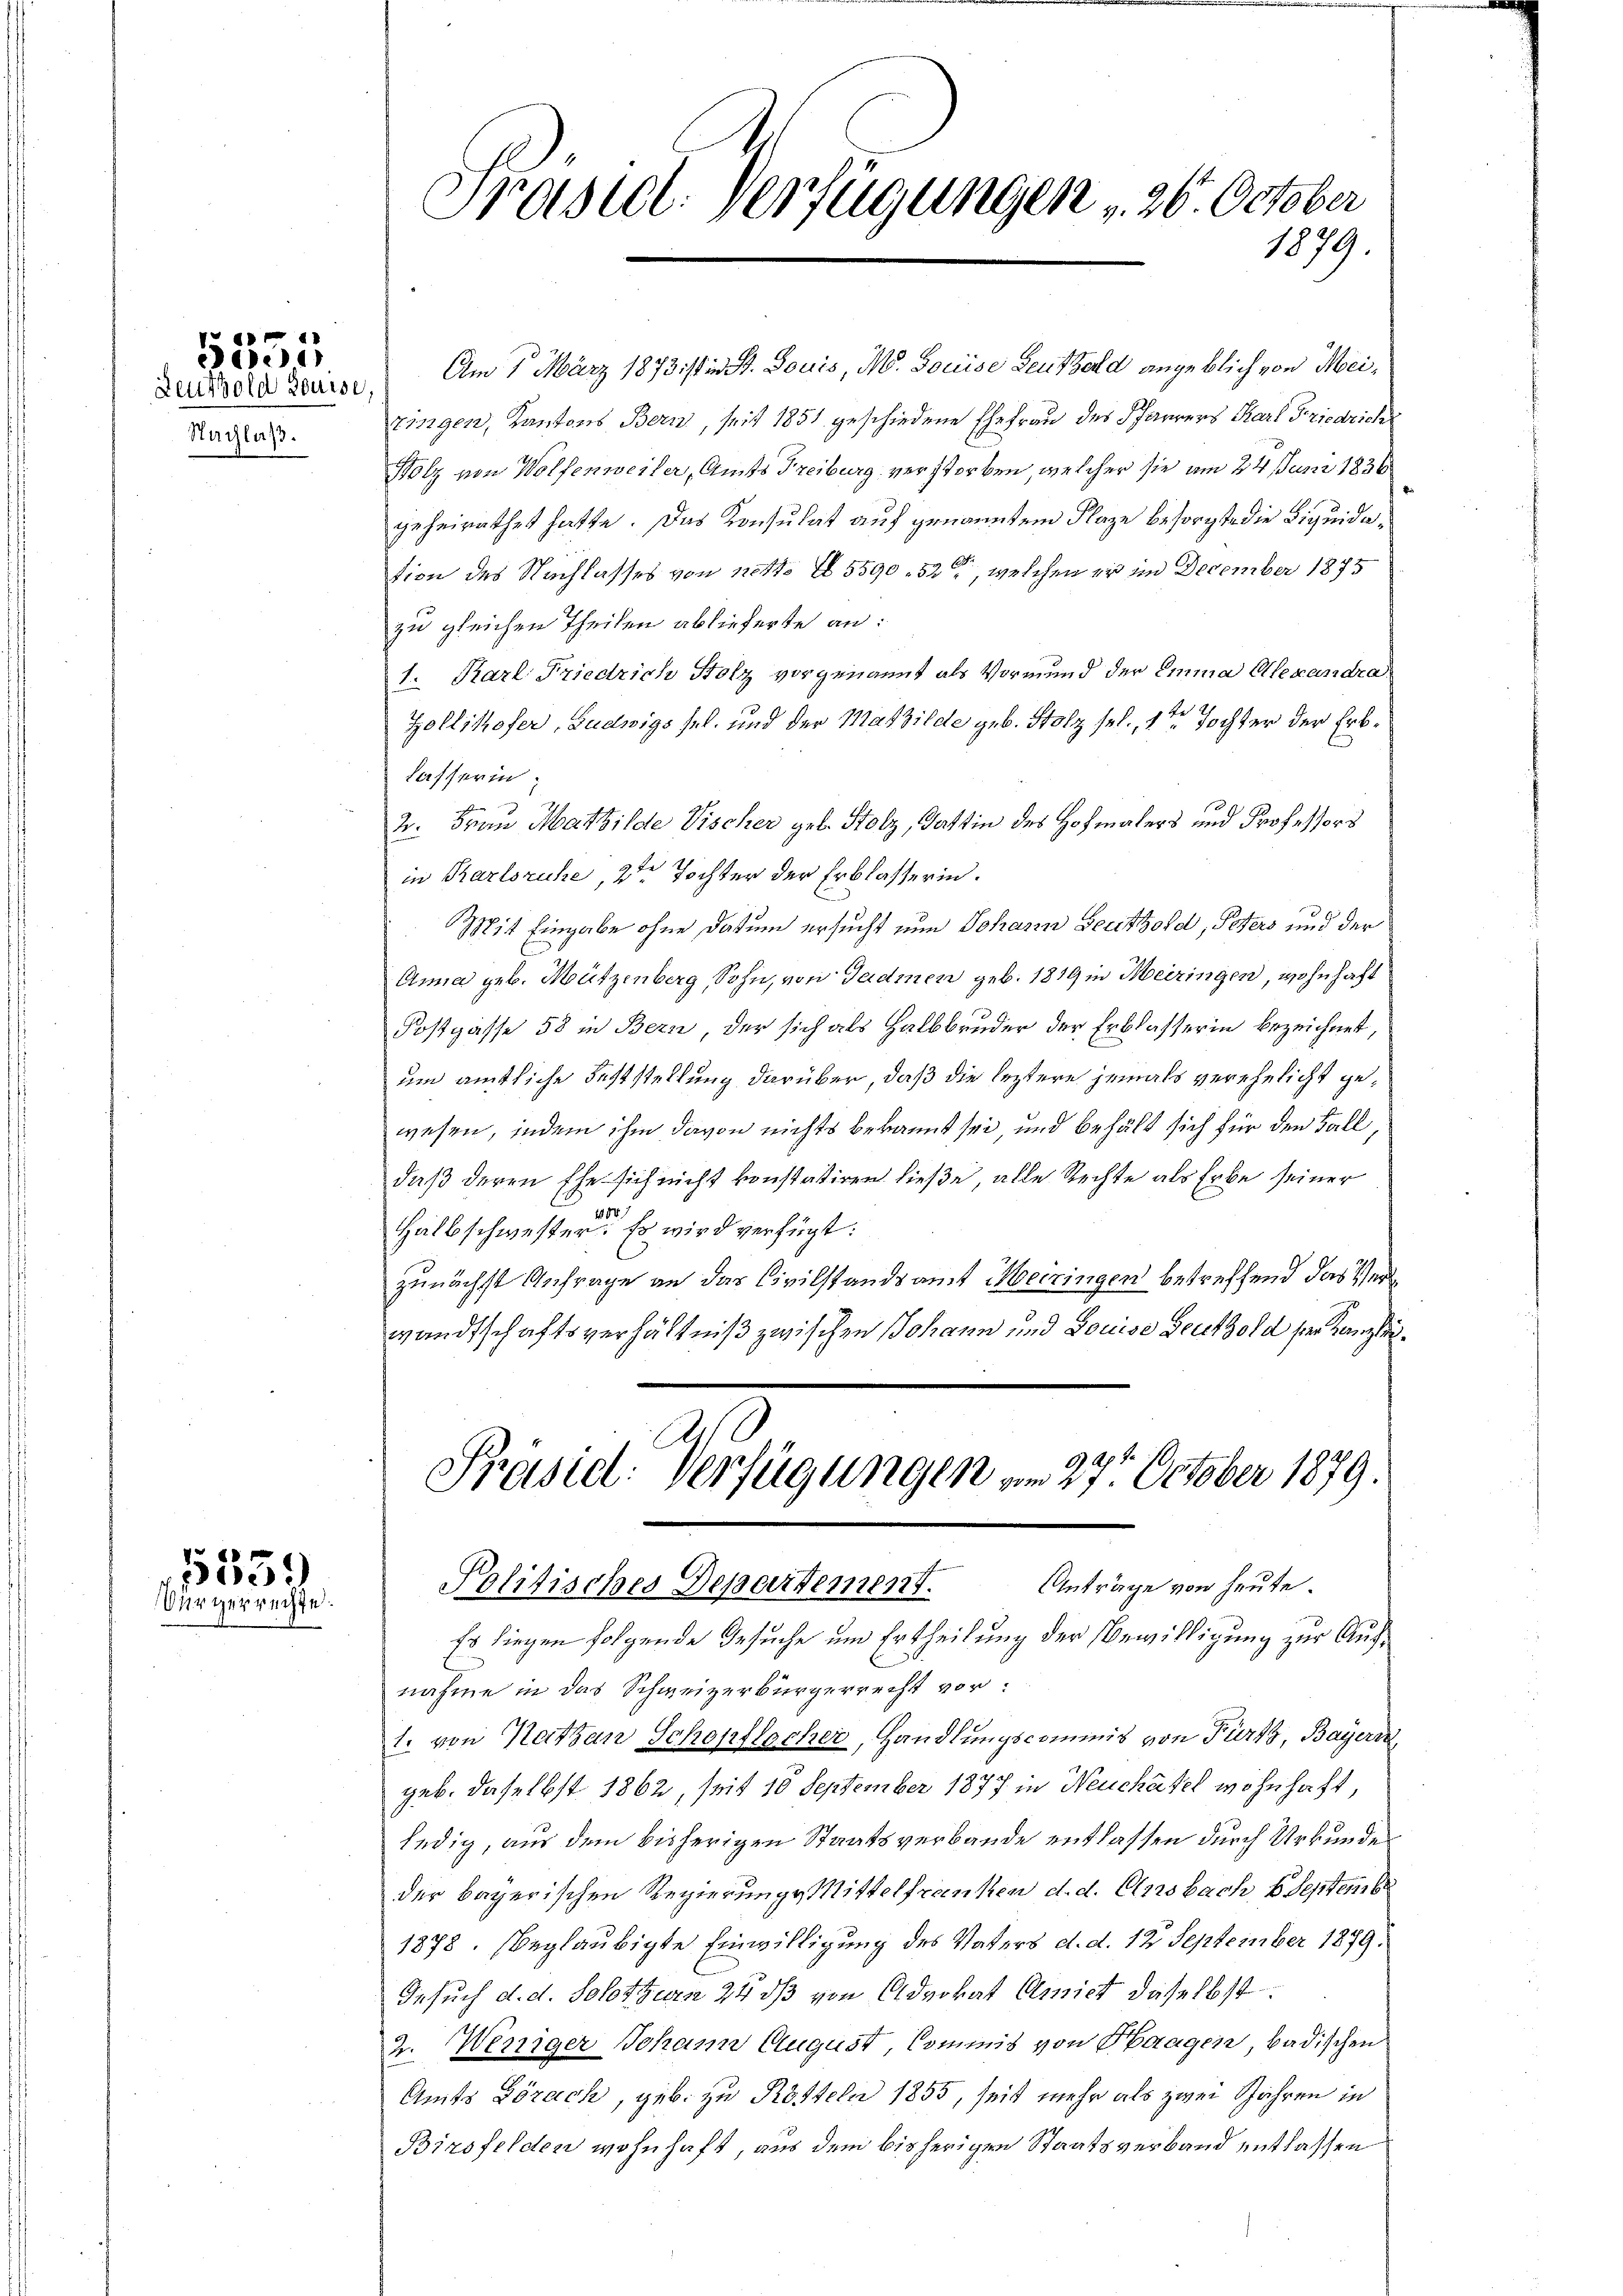
1
e

Nachlaß.

5559)
Vürgerrechte.

Präseel. Verfügungen 26. October
1879.

Andere Feurs. Am 1. März 1873 ist in St. Louis, M. Louise Beutzend angeblich von Meizingen, Kantons Bern, seit 1851 geschiedene Ehefrau des Pfarrers Karl Friedrich
Holz von Wolfenweiler, Amts Freiburg verstorben, welcher sie am 24. Juni 1836
geheirathet hatte. Das Konsulat auf genanntem Klage besorgte die Liquidation des Nachlasses von 1841. I 5590. 52, welchen er im December 1875
zu gleichen Theilen ablieferte an:
1. Karl Friedrich Stolz vorgenannt als Vormund der Emma Alexandra¬
Zollikofer, Ludwigs sel. und der Mathilde geb. Stolz sel., 1ten Tochter der Erblasserin
2. Frau Mathilde Vischer geb. Stolz, Gattin des Hochmalers und Professors
in Karlsruhe, 2ten Tochter der Erblasserin.
Mit Eingabe ohne Datum ersucht nun Johann Leuthold, Peters und der
Anna geb. Mützenberg, Sohn, von Gadmen geb. 1819 in Meiringen, wohnhaft
Fostgasse 58 in Bern, der sich als Halbbruder der Erblasserin bezeichnet,
um amtliche Feststellung darüber, daß die leztere jemals verehelicht gewesen, indem ihm davon nichts bekannt sei, und behält sich für den Fall,
daß deren Ehe sich nicht konstatiren ließe, alle Rechte als Erbe seiner
Halbschwester. Es wird verfügt:
zunächst Anfrage an das Civilstandsamt Meiringen betreffend das Verwandtschaftsverhältniß zwischen Johann und Louise Leuthold sei Kanzlei¬

Präsiel. Verfügungen am 27. October 1879.
Anträge von heute.
Politisches Departement

Es liegen folgende Gesuche um Ertheilung der Bewilligung zur Aufnahme in das Schweizerbürgerrecht vor:
1. von Kathan Schepflocher, Handlungscommis von Fürtz, Bayern
geb. daselbst 1862, seit 10 September 1877 in Neuchâtel wohnhaft,
ledig, aus dem bisherigen Staatsverbande entlassen durch Urkunde
der bayerischen Regierung Mittelfranken d. d. Ansbach, b. Septemb
1878. beglaubigte Einwilligung des Vaters d. d. 12 September 1879.
Gesuch d. d. Solothurn 24 dß von Advokat Amiet daselbst
2. Weniger Johann August, Commis von Haagen, badischen
Amts Dörach, geb. zu Rotteln 1855, seit mehr als zwei Jahren in
Birsfelden wohnhaft, aus dem bisherigen Staatsverband entlassen